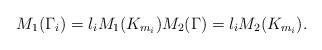
LaTeX: \begin{align*}M_{1}(\Gamma_i) = l_iM_{1}(K_{m_i}) M_{2}(\Gamma) = l_i M_{2}(K_{m_i}).\end{align*}